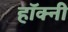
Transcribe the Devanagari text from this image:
हॉक्नी